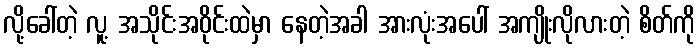
လို့ခေါ်တဲ့ လူ့ အသိုင်းအဝိုင်းထဲမှာ နေတဲ့အခါ အားလုံးအပေါ် အကျိုးလိုလားတဲ့ စိတ်ကို